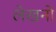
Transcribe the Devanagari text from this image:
लेखनो